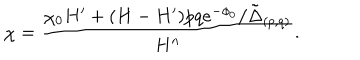
\chi = \frac { \chi _ { 0 } H ^ { \prime } + ( H - H ^ { \prime } ) p q e ^ { - \phi _ { 0 } } / \tilde { \Delta } _ { ( p , q ) } } { H ^ { \prime \prime } } .